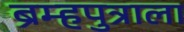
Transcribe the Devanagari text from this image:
ब्रम्हपुत्राला